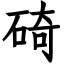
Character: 碕